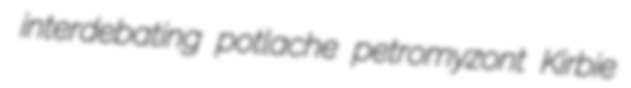
interdebating potlache petromyzont Kirbie